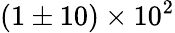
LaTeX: (1\pm 10)\times 10^{2}